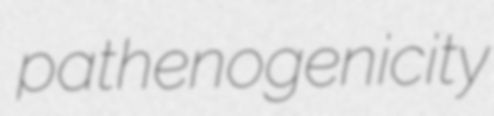
pathenogenicity